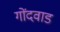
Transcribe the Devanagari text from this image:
गोंदवाड